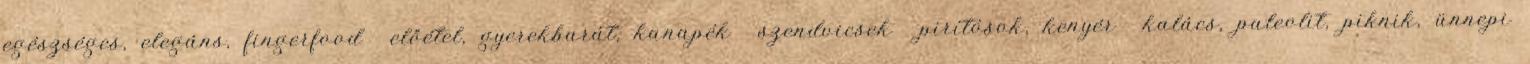
egészséges, elegáns, fingerfood előétel, gyerekbarát, kanapék szendvicsek pirítósok, kenyér kalács, paleolit, piknik, ünnepi